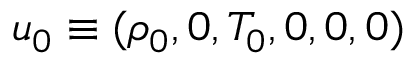
{ \boldsymbol { u } } _ { 0 } \equiv ( \rho _ { 0 } , 0 , T _ { 0 } , 0 , 0 , 0 )